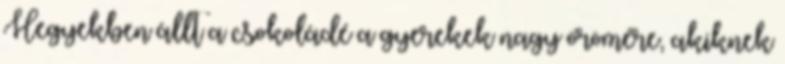
Hegyekben állt a csokoládé a gyerekek nagy örömére, akiknek